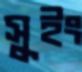
সুইং